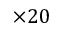
\times 2 0